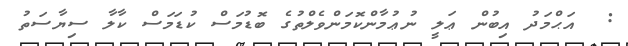
:  އަޙްމަދު އިބުން ޢަލީ ނުޢުމާންކޮމަންވެލްތުގެ ބޮޑުމަސް ކުޑަމަސް ކާލާ ސިޔާސަތު